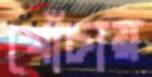
খোঁচায়